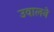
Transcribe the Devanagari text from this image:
उवालने